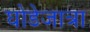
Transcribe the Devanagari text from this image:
घोडेजात्रा